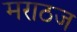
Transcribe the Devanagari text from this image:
मराठज